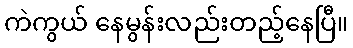
ကဲကွယ် နေမွန်းလည်းတည့်နေပြီ။